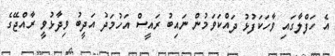
އެ ހަފްލާގައި ވާހަކަފުޅު ދައްކަވަމުން ނައިބު ރައީސް އަހުމަދު އަދީބު ވިދާޅުވީ ރާއްޖޭގެ